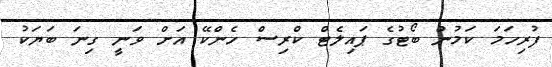
ފުރިހަމަ ކަމުން ބޯޓުގެ ޕައިލެޓް ކްރިސް ހެންކޭ އަށް ވަނީ ގިނަ ބަޔަކު